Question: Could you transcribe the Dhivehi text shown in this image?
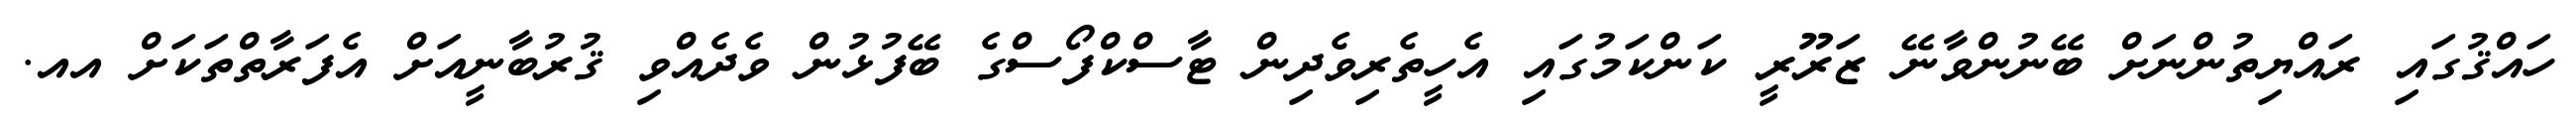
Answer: ހައްޤުގައި ރައްޔިތުންނަށް ބޭނުންވާނޭ ޒަރޫރީ ކަންކަމުގައި އެހީތެރިވެދިން ޓާސްކްފޯސްގެ ބޭފުޅުން ވެދެއްވި ޤުރުބާނީއަށް އެފަރާތްތަކަށް އއ.